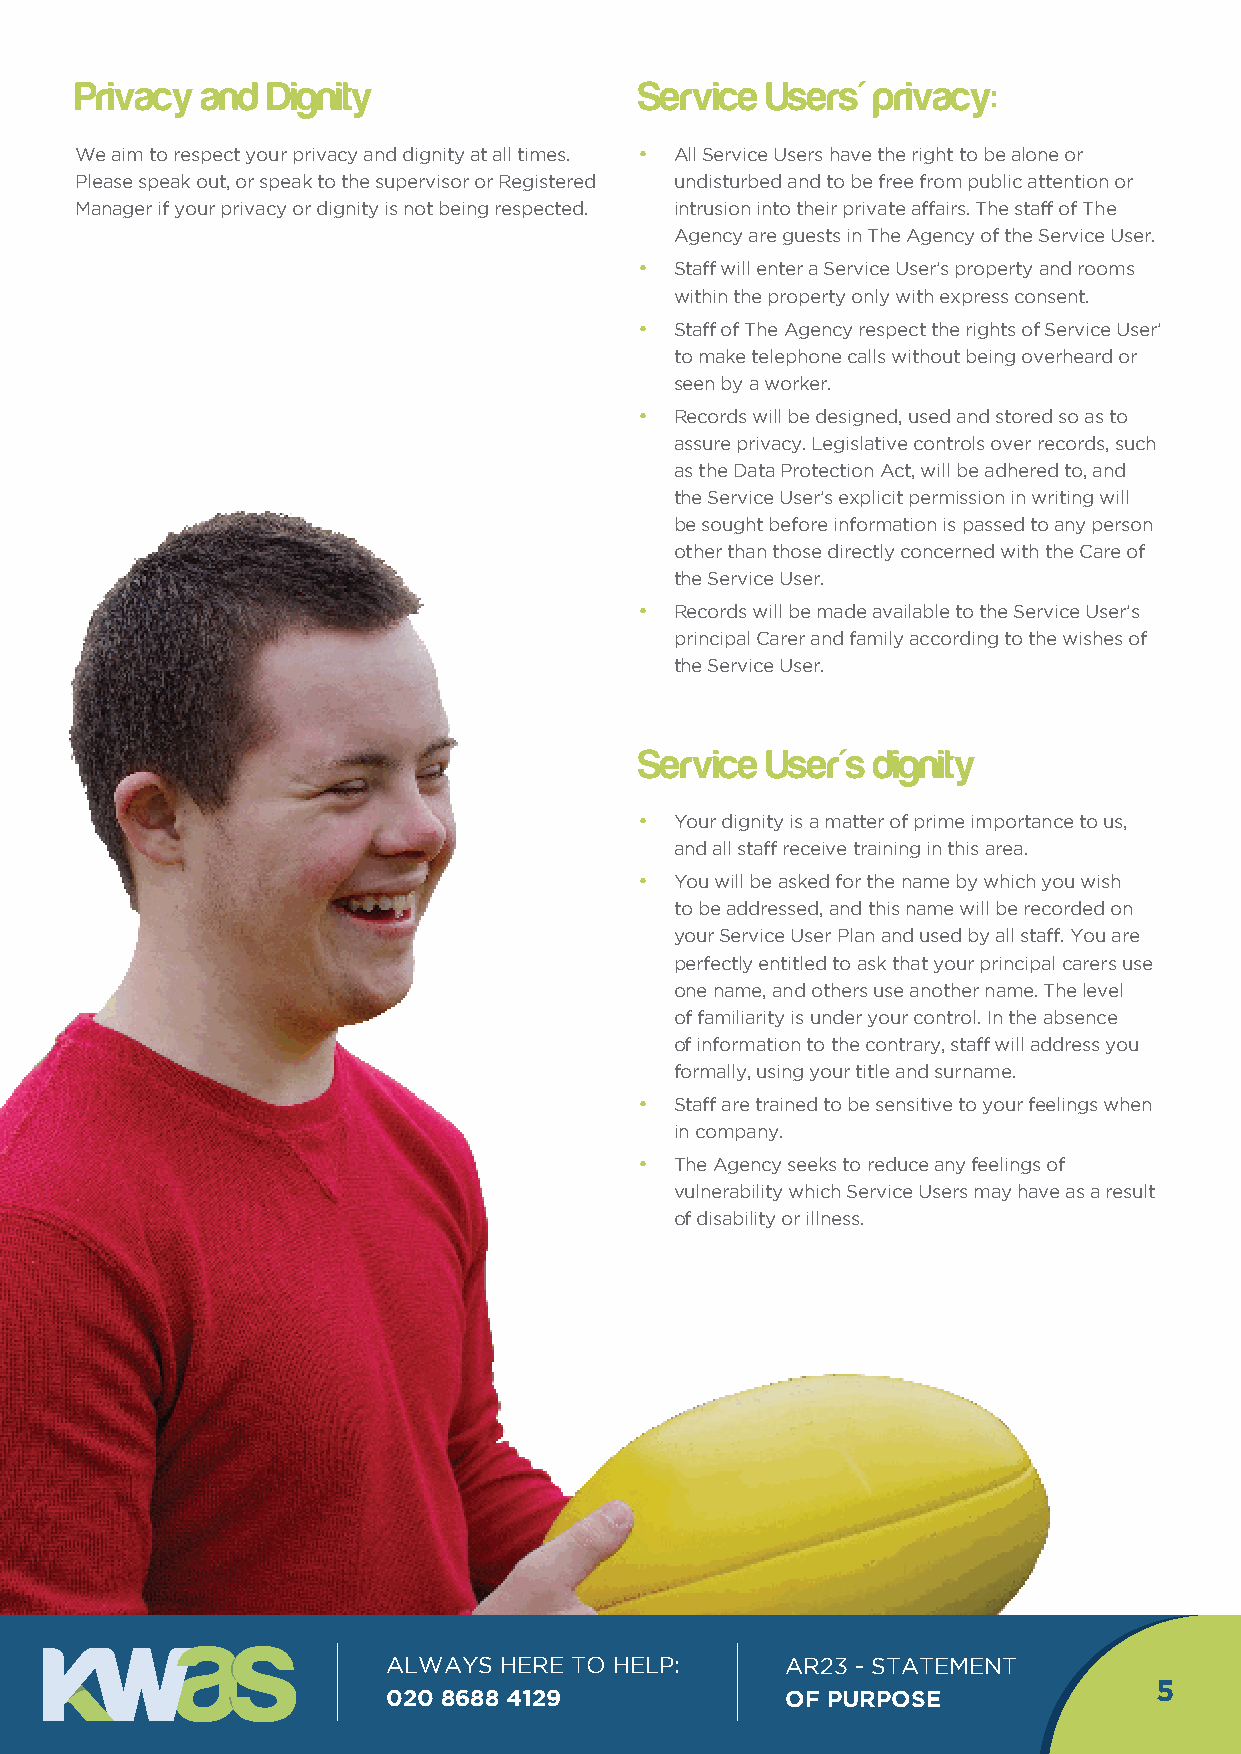
Privacy and  Dignity                 Service  Users' privacy:
 We aim to respect your privacy and dignity at all times. • All Service Users have the right to be alone or
 Please speak out, or speak to the supervisor or Registered undisturbed and to be free from public attention or
 Manager if your privacy or dignity is not being respected. intrusion into their private affairs. The staff of The
 Agency are guests in The Agency of the Service User.
 •  Staff will enter a Service User’s property and rooms
 within the property only with express consent.
 •  Staff of The Agency respect the rights of Service User’
 to make telephone calls without being overheard or
 seen by a worker.
 •  Records will be designed, used and stored so as to
 assure privacy. Legislative controls over records, such
 as the Data Protection Act, will be adhered to, and
 the Service User’s explicit permission in writing will
 be sought before information is passed to any person
 other than those directly concerned with the Care of
 the Service User.
 •  Records will be made available to the Service User’s
 principal Carer and family according to the wishes of
 the Service User.
 Service  User's dignity
 •  Your dignity is a matter of prime importance to us,
 and all staff receive training in this area.
 •  You will be asked for the name by which you wish
 to be addressed, and this name will be recorded on
 your Service User Plan and used by all staff. You are
 perfectly entitled to ask that your principal carers use
 one name, and others use another name. The level
 of familiarity is under your control. In the absence
 of information to the contrary, staff will address you
 formally, using your title and surname.
 •  Staff are trained to be sensitive to your feelings when
 in company.
 •  The Agency seeks to reduce any feelings of
 vulnerability which Service Users may have as a result
 of disability or illness.
 ALWAYS HERE TO HELP:      AR23 - STATEMENT
 5
 020 8688 4129             OF PURPOSE